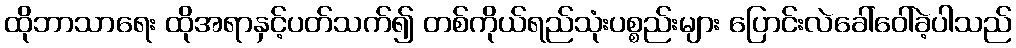
ထိုဘာသာရေး ထိုအရာနှင့်ပတ်သက်၍ တစ်ကိုယ်ရည်သုံးပစ္စည်းများ ပြောင်းလဲခေါ်ဝေါ်ခဲ့ပါသည်